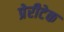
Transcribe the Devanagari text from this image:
प्रेरीटेक